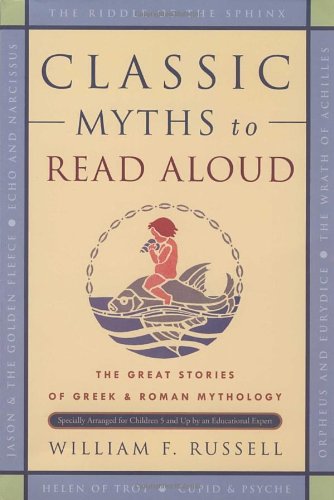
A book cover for Classic Myths to Read Aloud: The Great Stories of Greek and Roman Mythology, Specially Arranged for Children Five and Up by an Educational Expert; William F. Russell; Literature & Fiction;